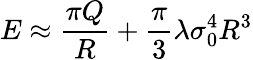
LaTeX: E\approx{\frac{\pi Q}{R}}+{\frac{\pi}{3}}\lambda\sigma_{0}^{4}R^{3}